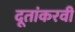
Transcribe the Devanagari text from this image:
दूतांकरवी